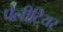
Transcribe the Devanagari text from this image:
पेलीटियर